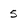
Character: 5